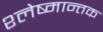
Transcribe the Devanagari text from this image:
श्‍लेष्मान्तक